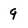
Character: 9